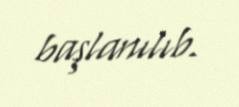
başlanılıb.